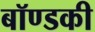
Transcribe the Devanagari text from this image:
बॉण्डकी